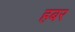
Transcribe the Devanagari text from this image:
हबर